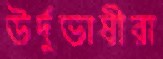
উর্দুভাষীরা